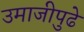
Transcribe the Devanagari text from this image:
उमाजीपुढे